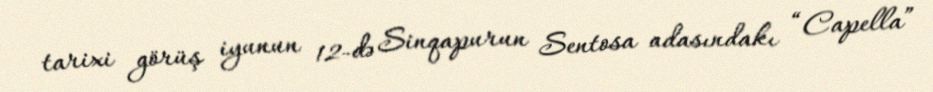
tarixi görüş iyunun 12-də Sinqapurun Sentosa adasındakı “Capella”